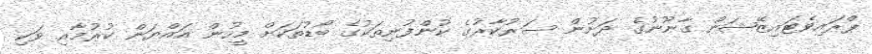
ޕްރައިވެޓައިޒޭޝަން ގާނޫނުގެ ދަށުން ސަރުކާރުގެ ކުންފުނިތަކުގެ ބޯޑުތަކަށް މީހުން އައްޔަން ކުރުމާއި ވަކި